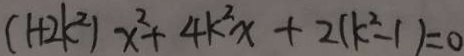
( 1 + 2 k ^ { 2 } ) x ^ { 2 } + 4 k ^ { 2 } x + 2 ( k ^ { 2 } - 1 ) = 0